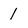
Character: 1